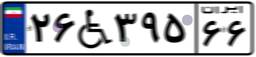
۲۶W۳۹۵۶۶